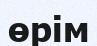
өрім